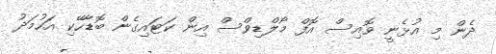
ދެން މި އުޅެނީ ވޮއިސް އޮފް މޯލްޑިވްސް އިން ކަޓައިގެން ބޮޑާހޭކި އަހުމަދު